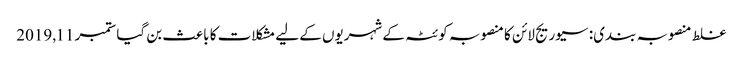
غلط منصوبہ بندی: سیوریج لائن کا منصوبہ کوئٹہ کے شہریوں کے لیے مشکلات کا باعث بن گیا ستمبر 11, 2019